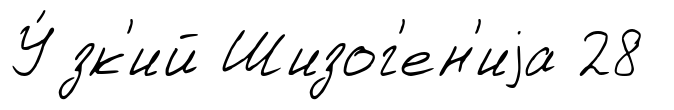
У́зк'ий Шизог'ен'иjа 28